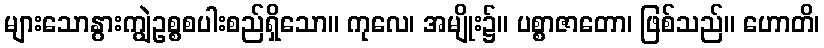
များသောနွားကျွဲဥစ္စစပါးစည်ရှိသော။ ကုလေ၊ အမျိုး၌။ ပစ္စာဇာတော၊ ဖြစ်သည်။ ဟောတိ၊